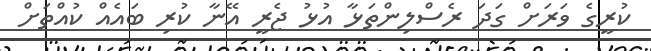
ކުރީގެ ވަރަށް ގަދަ ރެސްލިންތަޅާ އުޅުު ޖެރީ އޭނާ ކުރި ބައެއް ކުއްތަށް